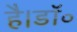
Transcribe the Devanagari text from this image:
है।डॉ॰